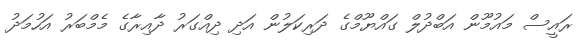
ރައީސް މައުމޫން އަބްދުލް ގައްޔޫމްގެ ދަރިކަލުން އަދި ދިއްގަރު ދާއިރާގެ މެމްބަރު އަހުމަދު